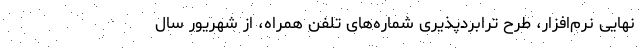
نهایی نرم‌افزار، طرح ترابردپذیری شماره‌های تلفن همراه، از شهریور سال